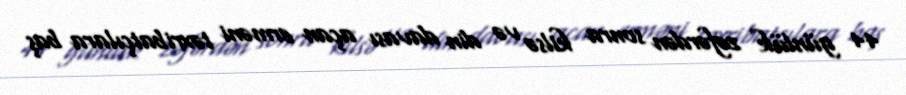
44 günlük zəfərdən sonra kilsə və din davası açan erməni təxribatçılara baş